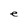
Character: e